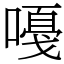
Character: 嘠